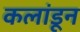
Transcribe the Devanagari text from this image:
कलांडून